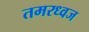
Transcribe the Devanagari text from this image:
तमरध्वज